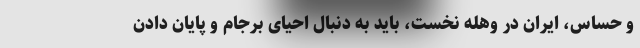
و حساس، ایران در وهله نخست، باید به دنبال احیای برجام و پایان دادن